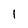
Character: l